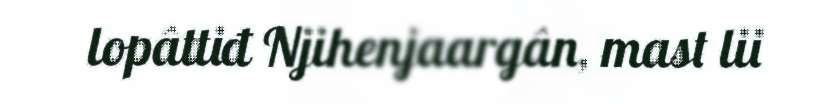
lopâttiđ Njihenjaargân, mast lii